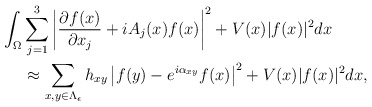
\begin{align*} \int_{\Omega}&\sum_{j=1}^{3}\left|\frac{\partial f(x)}{\partial x_{j}}+iA_{j}(x)f(x)\right|^{2}+V(x)|f(x)|^{2}dx\\&\approx\sum_{x,y\in\Lambda_{\epsilon}}h_{xy}\left|f(y)-e^{i\alpha_{xy}}f(x)\right|^{2}+V(x)|f(x)|^{2}dx,\end{align*}